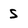
Character: S